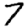
Digit: 7